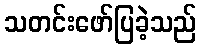
သတင်းဖော်ပြခဲ့သည်